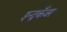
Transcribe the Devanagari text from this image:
इन्द्रकँवर